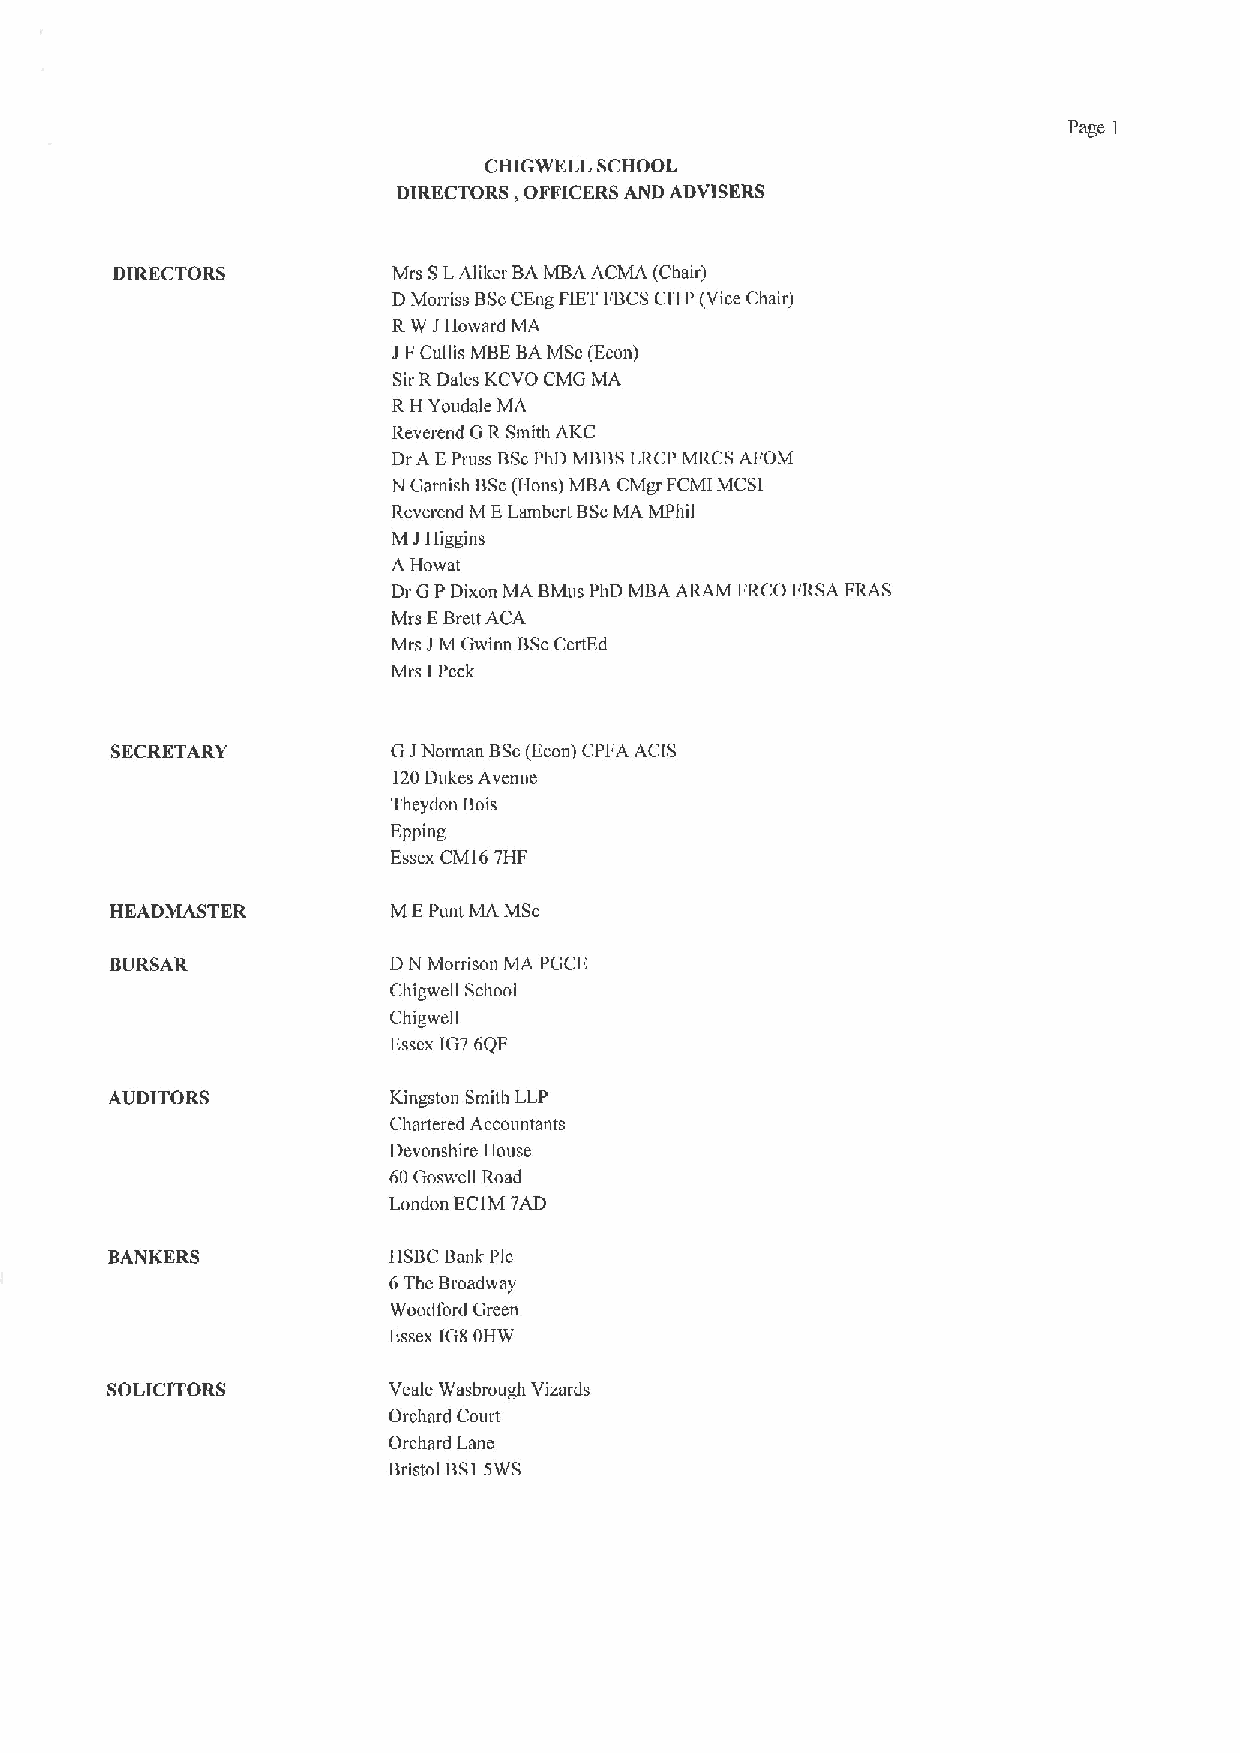
Page
 1
 CHIGWELL SCHOOL
 DIRECTORS, OFFICERS AND ADVISERS
 DIRECTORS          Mrs SLAlikcr BAMBA ACMA (Chair)
 DMorriss BScCEng FIETI'BCSCITP (Vice Chair)
 RW JHoward MA
 JFCullis MBEBAMSc(Econ)
 SirRDales KCVO CMG MA
 RH Youdale MA
 Reverend GR Smith AKC
 DrA EPruss BScPhD MBBSLRCP MRCS AI'OM
 N Garnish BSc(Hons) MBA CMgr FCMI MCSI
 Rcvcrend M ELambert BScMA MPhil
 MJIliggins
 A Howat
 '0
 Dr GPDixon MA BMus PhD MBA ARAM FRC, FRSA FRAS
 Mrs EBrett ACA
 Mrs JM Crwinn BScCcrtEd
 Mrs IPeck
 SECRETARY          CrJNorman BSc(Econ) CPFA ACIS
 120Dukes Avenue
 Theydon Bois
 Fpping
 Essex CM16 7HF
 HEADMASTER         MEPunt MA MSc
 BURSAR             DN Morrison MA PCrCF.
 Chigwell School
 Chigwell
 lissex IG76QF
 AUDITORS           Kingston Smith LLP
 Chartered Accountants
 Devonshire House
 60Goswell Road
 London EC1M7AD
 BANKERS            IISBCBank Pic
 The Broadway
 Ci
 Woodpord Green
 L'ssex IG8OHW
 SOLICITORS         Vcalc Wasbrough Vizurds
 Orchard Court
 Orchard Lane
 Bristol BSISWS